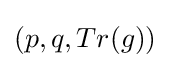
\left(p,q,Tr(g)\right)